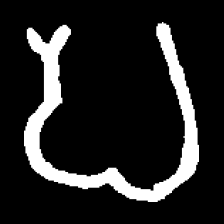
Pyu character \u2014 Myanmar letter: ပ (romanized: pa)